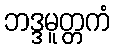
ဘဒ္ဒမူတ္တကံ